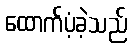
ထောက်ပံ့ခဲ့သည်